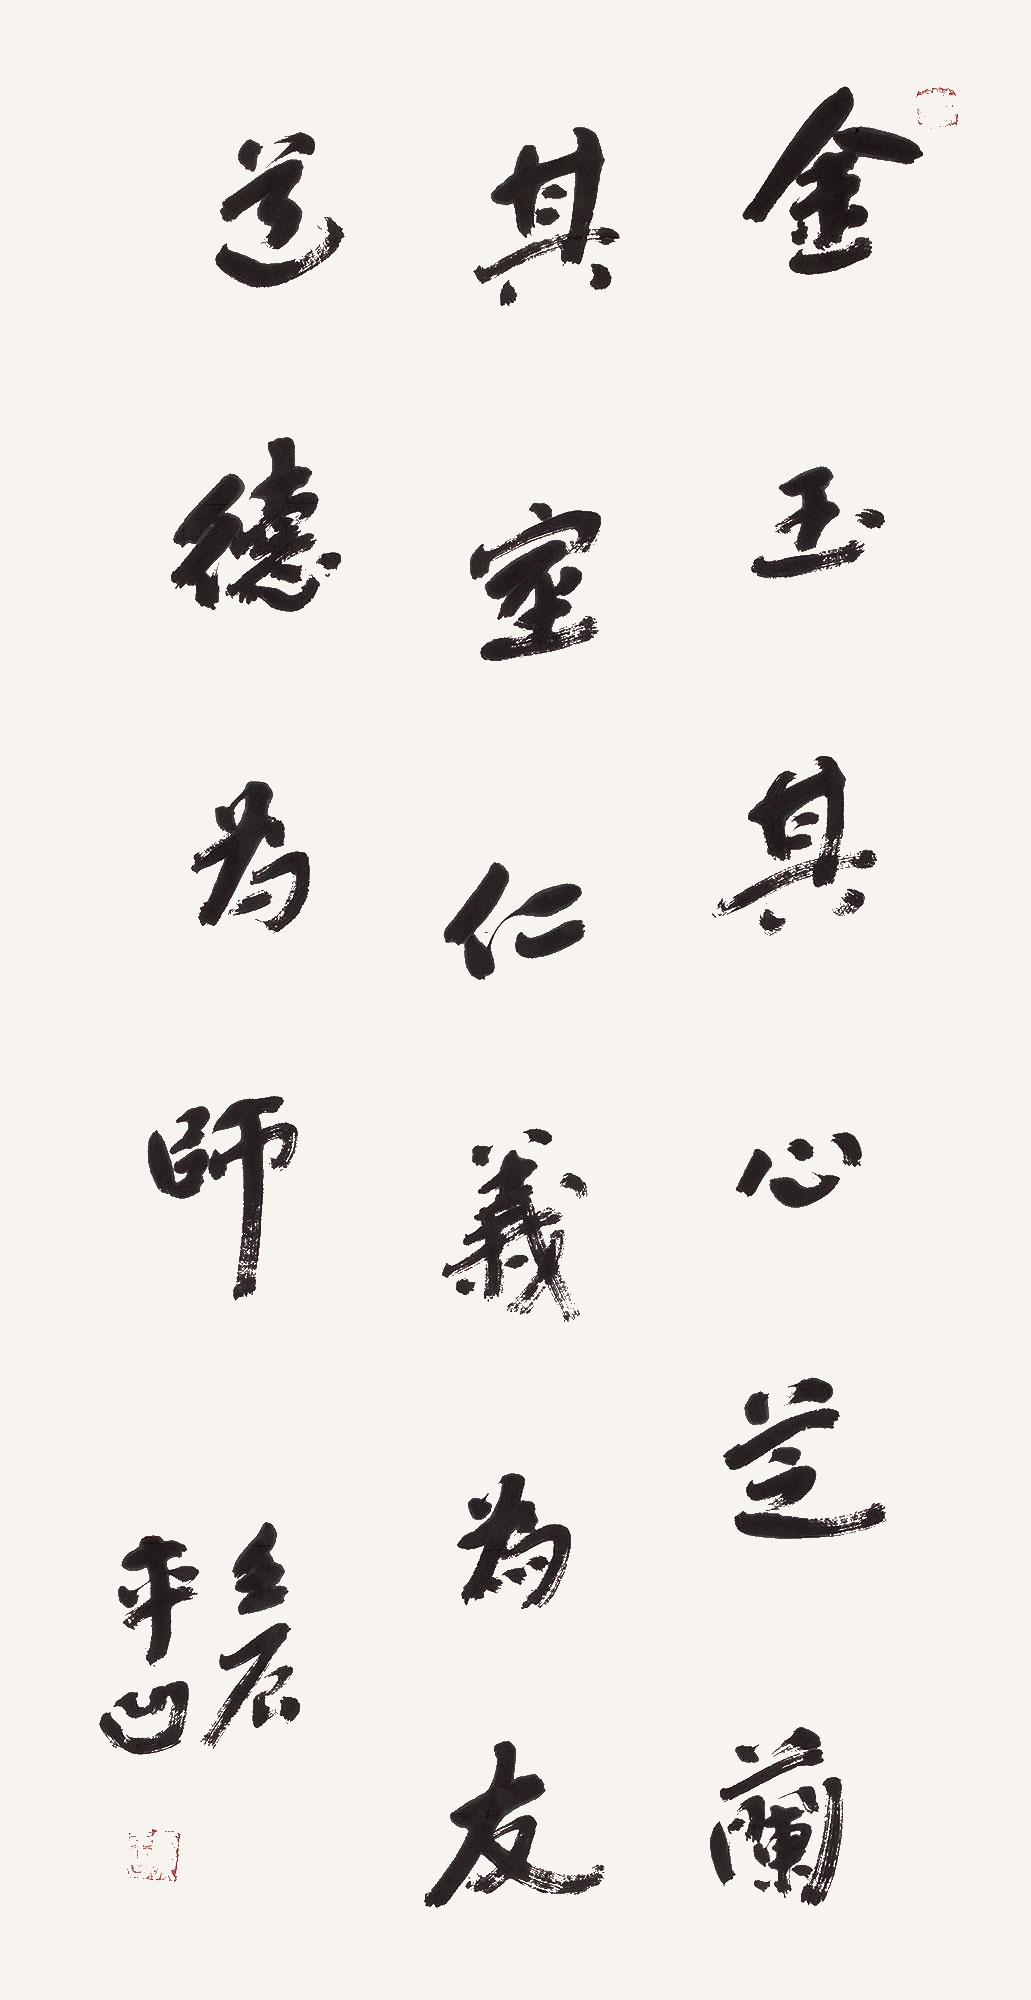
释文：金玉其心芝兰其室，仁义为友道德为师。壬辰，平凹。